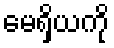
မေရှိယကို